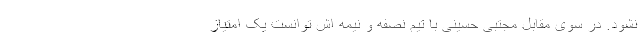
نشود. در سوی مقابل مجتبی حسینی با تیم نصفه و نیمه اش توانست یک امتیاز